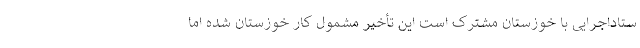
ستاداجرایی با خوزستان مشترک است این تأخیر مشمول کار خوزستان شده اما